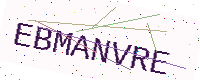
Text: EBMANVRE